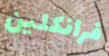
فرانكلين